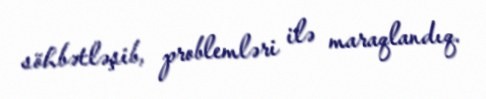
söhbətləşib, problemləri ilə maraqlandıq.